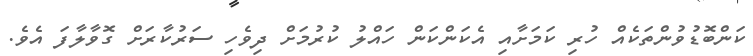
ކަންބޮޑުވުންތަކެއް ހުރި ކަމަށާއި އެކަންކަން ހައްލު ކުރުމަށް ދިވެހި ސަރުކާރަށް ގޮވާލާފަ އެވެ.